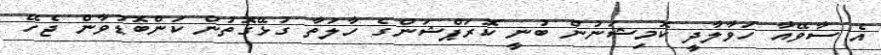
އެ ސާވޭއާ ހަވާލާދީ ކޮމިޝަނުން ބުނީ ކޮރަޕްޝަންގެ ހާލަތާ ގުޅޭގޮތުން ކަންބޮޑުވާން ޖެހޭ